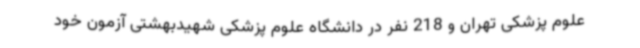
علوم پزشکی تهران و 218 نفر در دانشگاه علوم پزشکی شهیدبهشتی آزمون خود